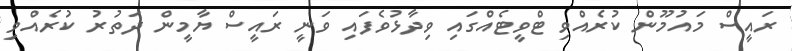
ރައީސް މައުމޫން ކުރެއްވި ޓްވީޓެއްގައި ވިދާޅުވެފައި ވަނީ ރައީސް ޔާމީން ދަތުރު ކުރެއްވި